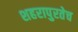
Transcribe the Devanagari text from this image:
शहरापुरतेच